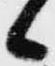
候